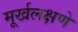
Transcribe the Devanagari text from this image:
मूर्खलक्षणे